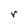
Character: r